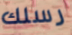
رسلك